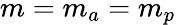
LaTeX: m=m_{a}=m_{p}